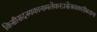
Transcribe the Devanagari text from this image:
किसीसदस्यकानामलेकरउसेअवकारीबताना